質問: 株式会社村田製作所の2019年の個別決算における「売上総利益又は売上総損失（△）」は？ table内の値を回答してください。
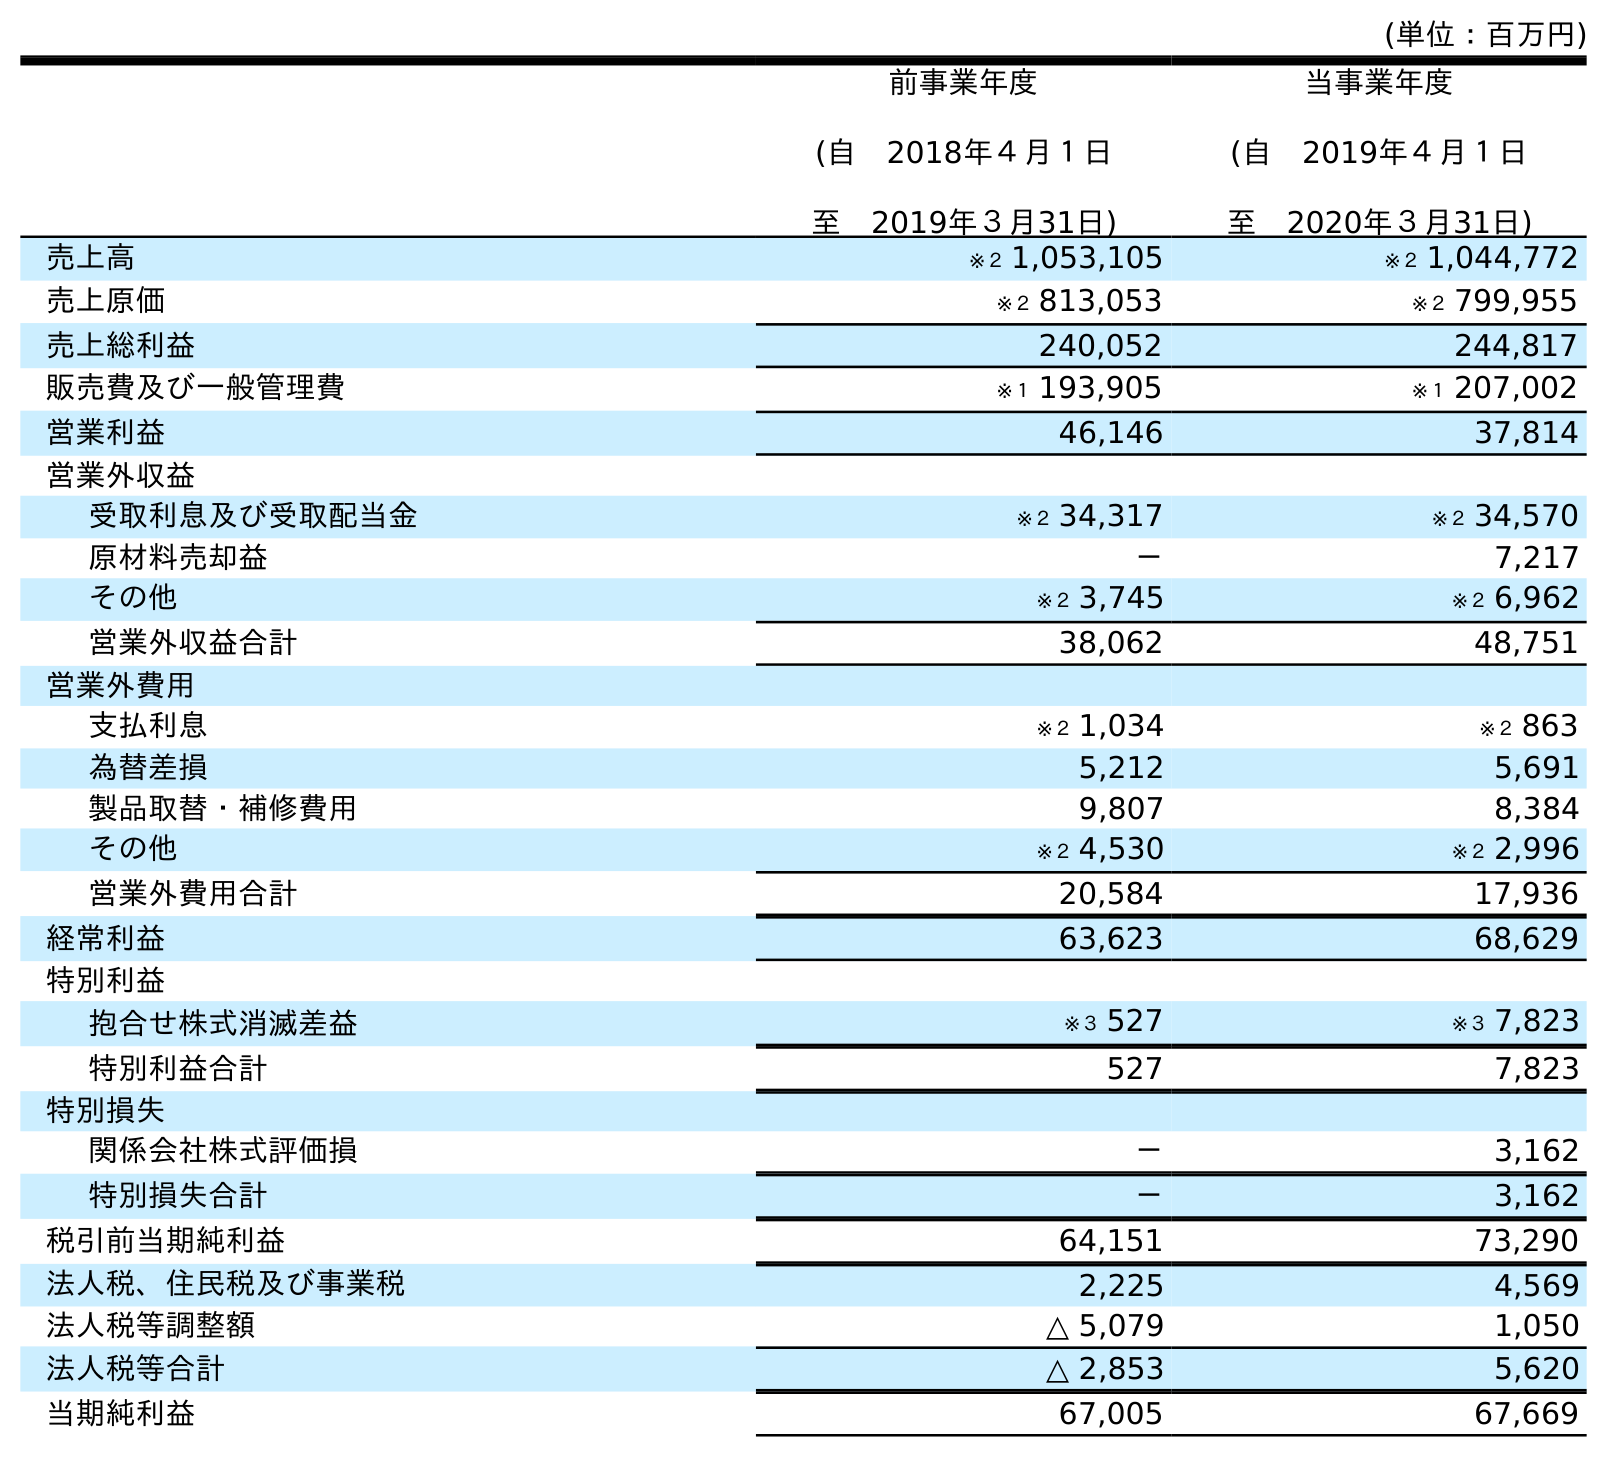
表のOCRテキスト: (単位：百万円) 前事業年度 (自 2018年４月１日 至 2019年３月31日) 当事業年度 (自 2019年４月１日 至 2020年３月31日) 売上高 ※２ 1,053,105 ※２ 1,044,772 売上原価 ※２ 813,053 ※２ 799,955 売上総利益 240,052 244,817 販売費及び一般管理費 ※１ 193,905 ※１ 207,002 営業利益 46,146 37,814 営業外収益 受取利息及び受取配当金 ※２ 34,317 ※２ 34,570 原材料売却益 － 7,217 その他 ※２ 3,745 ※２ 6,962 営業外収益合計 38,062 48,751 営業外費用 支払利息 ※２ 1,034 ※２ 863 為替差損 5,212 5,691 製品取替・補修費用 9,807 8,384 その他 ※２ 4,530 ※２ 2,996 営業外費用合計 20,584 17,936 経常利益 63,623 68,629 特別利益 抱合せ株式消滅差益 ※３ 527 ※３ 7,823 特別利益合計 527 7,823 特別損失 関係会社株式評価損 － 3,162 特別損失合計 － 3,162 税引前当期純利益 64,151 73,290 法人税、住民税及び事業税 2,225 4,569 法人税等調整額 △ 5,079 1,050 法人税等合計 △ 2,853 5,620 当期純利益 67,005 67,669
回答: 240,052